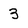
Character: 3